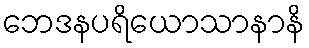
ဘေဒနပရိယောသာနာနိ